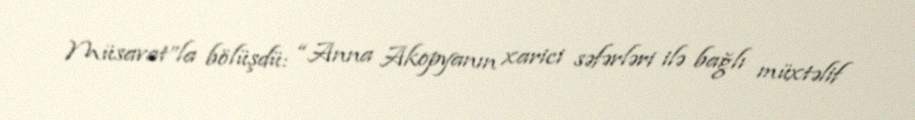
Müsavat”la bölüşdü: “Anna Akopyanın xarici səfərləri ilə bağlı müxtəlif